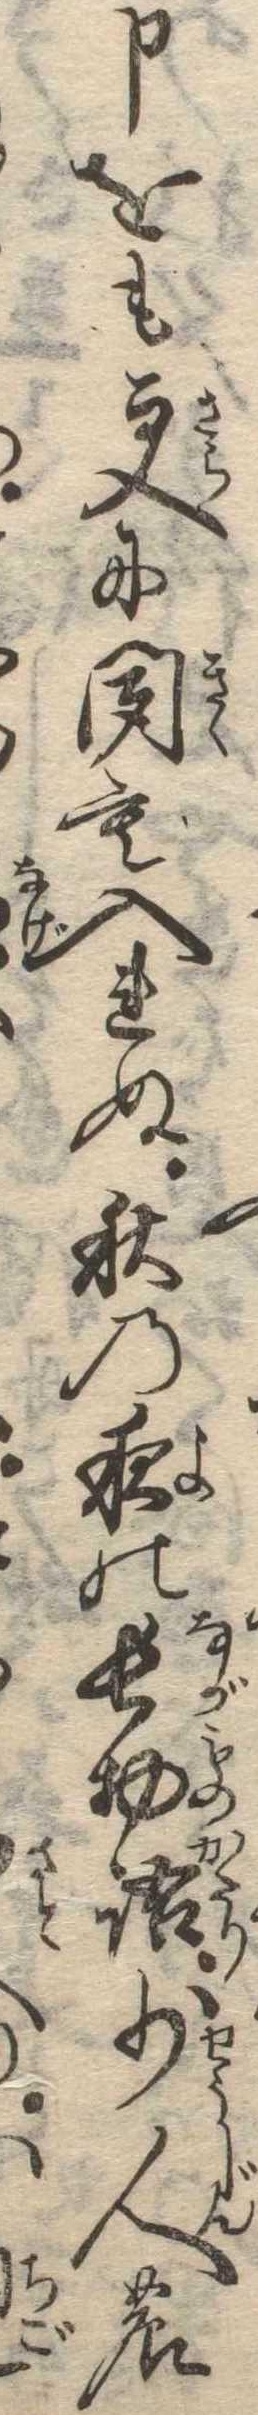
申をも更に聞も入れぬ秋の夜の長物語少人の